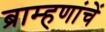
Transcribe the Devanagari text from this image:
ब्राम्हणांचें